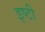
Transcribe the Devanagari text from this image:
इष्टी